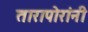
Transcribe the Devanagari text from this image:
तारापोरांनी